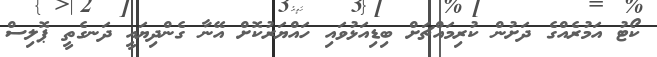
ކޯޓު އަމުރެއްގެ ދަށުން ކުރިމައްޗަށް ބިޑިއަޅުވައި ހައްޔަރުކޮށް އޭނާ ގެންދިޔައީ ދަނގެތީ ޕޮލިސް